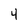
Character: 4